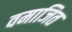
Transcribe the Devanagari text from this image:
वमाजित